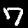
Digit: 7